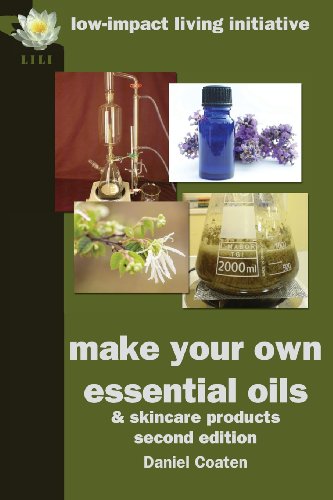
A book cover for Make Your Own Essential Oils and Skin-Care Products; Daniel Coaten; Science & Math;